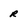
Character: r